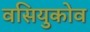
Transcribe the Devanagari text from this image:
वसियुकोव